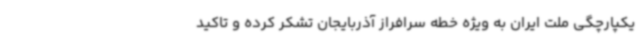
یکپارچگی ملت ایران به ویژه خطه سرافراز آذربایجان تشکر کرده و تاکید